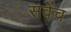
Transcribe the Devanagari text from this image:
सवेंच